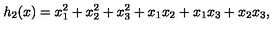
h _ { 2 } ( x ) = x _ { 1 } ^ { 2 } + x _ { 2 } ^ { 2 } + x _ { 3 } ^ { 2 } + x _ { 1 } x _ { 2 } + x _ { 1 } x _ { 3 } + x _ { 2 } x _ { 3 } ,